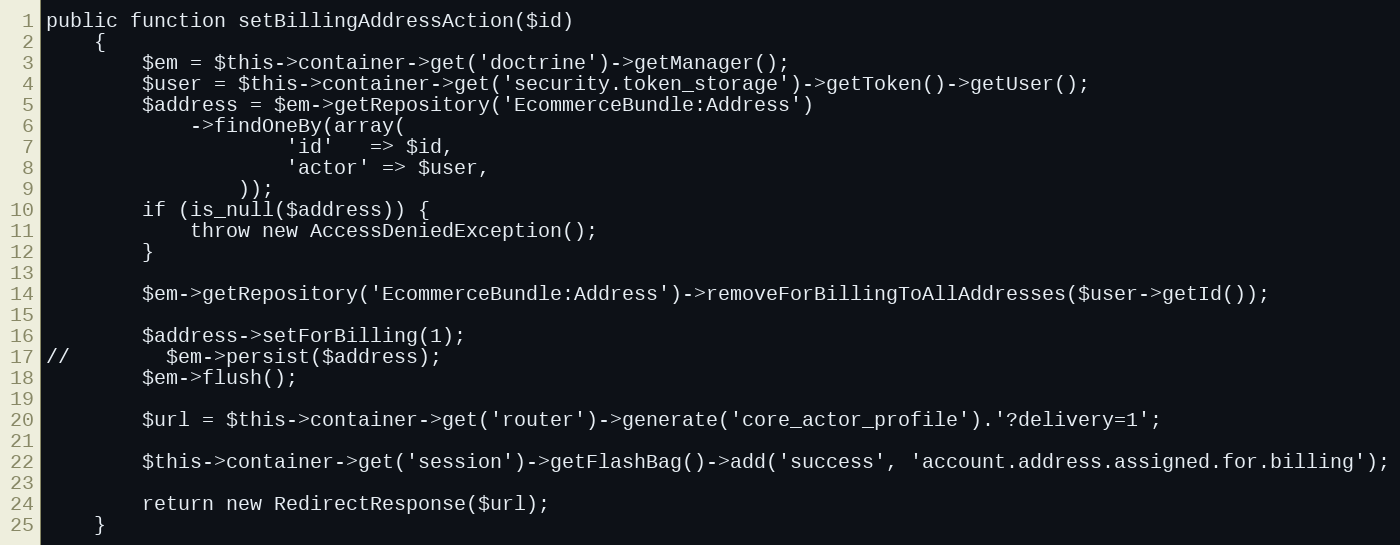
Language: PHP
public function setBillingAddressAction($id)
    {
        $em = $this->container->get('doctrine')->getManager();
        $user = $this->container->get('security.token_storage')->getToken()->getUser();
        $address = $em->getRepository('EcommerceBundle:Address')
            ->findOneBy(array(
                    'id'   => $id,
                    'actor' => $user,
                ));
        if (is_null($address)) {
            throw new AccessDeniedException();
        }

        $em->getRepository('EcommerceBundle:Address')->removeForBillingToAllAddresses($user->getId());

        $address->setForBilling(1);
//        $em->persist($address);
        $em->flush();

        $url = $this->container->get('router')->generate('core_actor_profile').'?delivery=1';

        $this->container->get('session')->getFlashBag()->add('success', 'account.address.assigned.for.billing');

        return new RedirectResponse($url);
    }